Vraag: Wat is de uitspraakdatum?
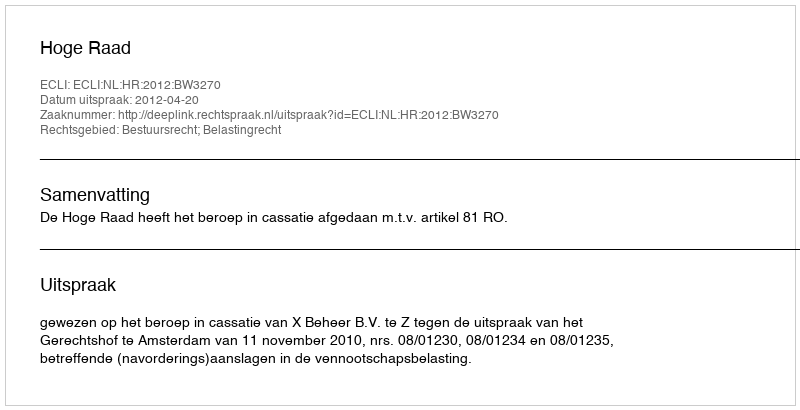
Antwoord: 2012-04-20